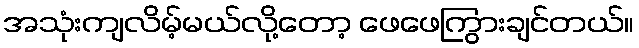
အသုံးကျလိမ့်မယ်လို့တော့ ဖေဖေကြွားချင်တယ်။